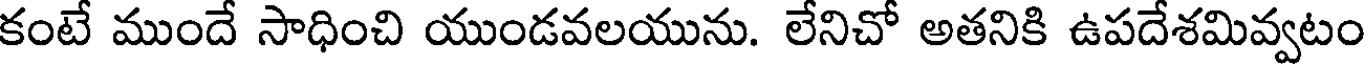
కంటే ముందే సాధించి యుండవలయును. లేనిచో అతనికి ఉపదేశమివ్వటం